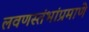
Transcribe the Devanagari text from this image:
लवणस्तंभांप्रमाणे